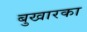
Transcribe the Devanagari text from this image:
बुखारका